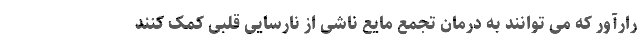
رارآور که می توانند به درمان تجمع مایع ناشی از نارسایی قلبی کمک کنند